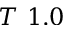
T ~ 1 . 0